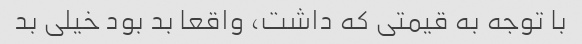
با توجه به قیمتی که داشت، واقعا بد بود خیلی بد